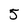
Character: 5